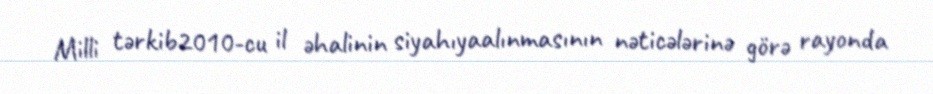
Milli tərkib2010-cu il əhalinin siyahıyaalınmasının nəticələrinə görə rayonda